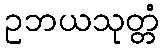
ဥဘယသုတ္တံ